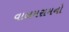
વાલમરામનો